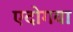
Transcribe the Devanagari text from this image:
एदोगवा